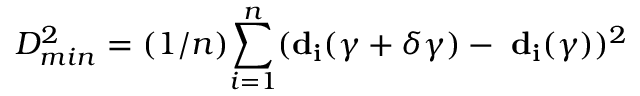
D _ { m i n } ^ { 2 } = ( 1 / n ) { \sum _ { i = 1 } ^ { n } } ( { \bf d _ { i } } ( \gamma + \delta \gamma ) - { \bf \Gamma } { \bf d _ { i } } ( \gamma ) ) ^ { 2 }